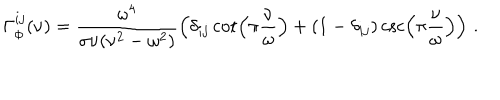
\Gamma _ { \phi } ^ { i j } ( \nu ) = \frac { \omega ^ { 4 } } { \sigma \nu ( \nu ^ { 2 } - \omega ^ { 2 } ) } \left( \delta _ { i j } \cot \left( \pi \frac { \nu } { \omega } \right) + ( 1 - \delta _ { i j } ) \csc \left( \pi \frac { \nu } { \omega } \right) \right) \, .